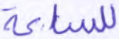
للساعة